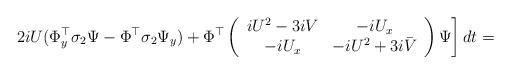
LaTeX: \begin{align*}\left.2iU(\Phi^\top_y\sigma_2\Psi - \Phi^\top\sigma_2\Psi_y)+\Phi^\top\left(\begin{array}{cc}iU^2-3iV & -iU_x \\-iU_x & -iU^2 +3i\bar{V}\end{array}\right)\Psi\right]dt =\end{align*}